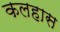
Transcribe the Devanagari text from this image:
कलहास